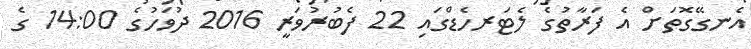
އެނގޭގޮތަށް އެ ފަރާތުގެ ލެޓަރހެޑްގައި 22 ފެބުރުވަރީ 2016 ދުވަހުގެ 14:00 ގެ